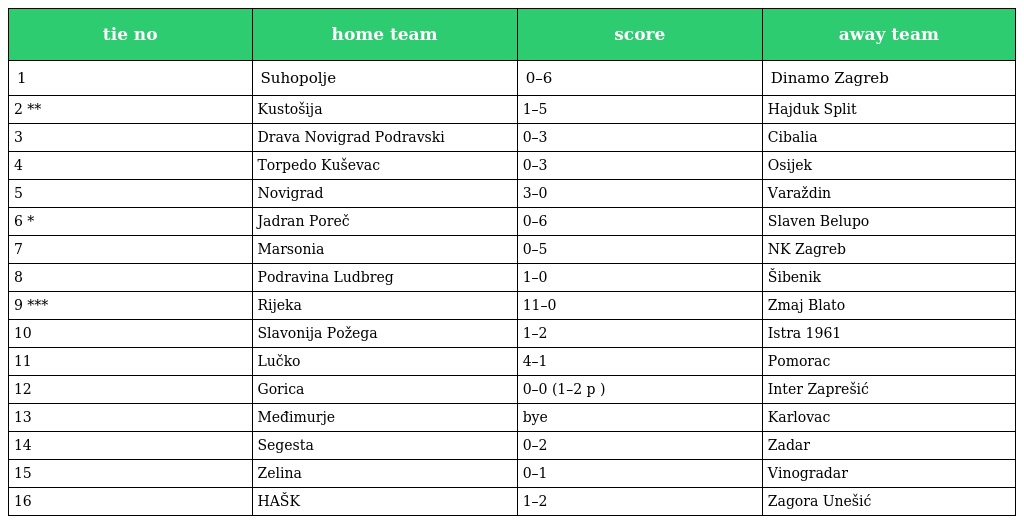
| tie no | home team | score | away team |
 | --- | --- | --- | --- |
 | 1 | Suhopolje | 0–6 | Dinamo Zagreb |
 | 2 ** | Kustošija | 1–5 | Hajduk Split |
 | 3 | Drava Novigrad Podravski | 0–3 | Cibalia |
 | 4 | Torpedo Kuševac | 0–3 | Osijek |
 | 5 | Novigrad | 3–0 | Varaždin |
 | 6 * | Jadran Poreč | 0–6 | Slaven Belupo |
 | 7 | Marsonia | 0–5 | NK Zagreb |
 | 8 | Podravina Ludbreg | 1–0 | Šibenik |
 | 9 *** | Rijeka | 11–0 | Zmaj Blato |
 | 10 | Slavonija Požega | 1–2 | Istra 1961 |
 | 11 | Lučko | 4–1 | Pomorac |
 | 12 | Gorica | 0–0 (1–2 p ) | Inter Zaprešić |
 | 13 | Međimurje | bye | Karlovac |
 | 14 | Segesta | 0–2 | Zadar |
 | 15 | Zelina | 0–1 | Vinogradar |
 | 16 | HAŠK | 1–2 | Zagora Unešić |